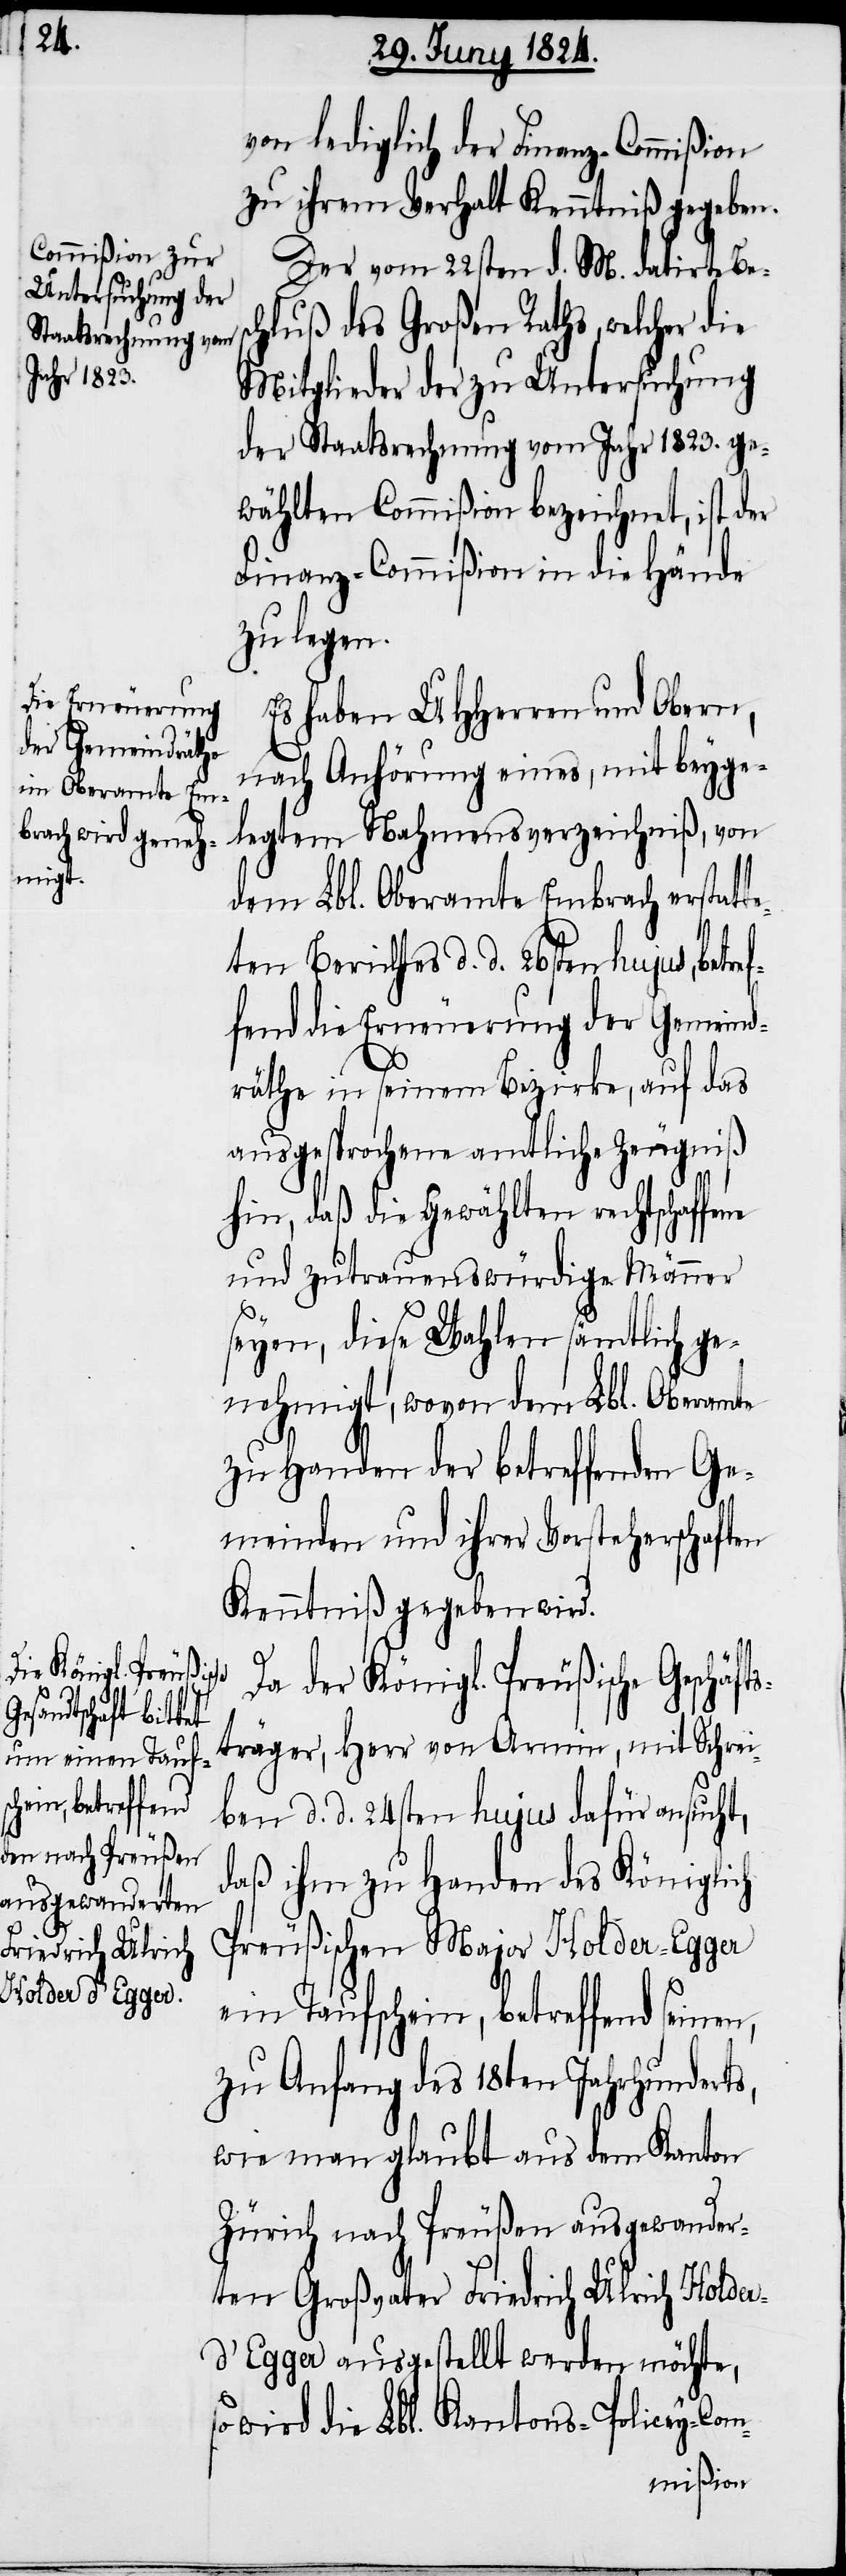
ne

von lediglich der Finanz-Commißion
zu ihrem Verhalt Kenntniß gegeben.
Der vom 22sten d. M. datirte Bes¬
chluß des Großen Raths, welcher die
Mitglieder der zu Untersuchung
der Staatsrechnung vom Jahr 1823. ge¬
wählten Commißion bezeichnet, ist der
Finanz-Commißion in die Hände
zu legen.
Es haben UHHerren und Obern,
nach Anhörung eines, mit beyge¬
legtem Nahmensverzeichniß, von
dem Lbl. Oberamte Embrach erstatt¬
eten Berichtes d. d. 26sten hujus, betre¬
fend die Erneuerung der Gemeind¬
räthe in seinem Bezirke, auf das
ausgesprochene amtliche Zeugniß
hin, daß die Gewählten rechtschaffe¬
und zutrauenswürdige Männer
seyen, diese Wahlen sämtlich ge¬
nehmigt, wovon dem Lbl. Oberamte
zu Handen der betreffenden Ge¬
meinden und ihrer Vorsteherschaften
Kenntniß gegeben wird.
Da der Königl. Preußische Geschä¬
ftsträger, Herr von Armin, mit Schrei¬
ben d. d. 24sten hujus dafür ansucht,
daß ihm zu Handen des Königlich
Preußischen Major Holder-Egger
ein Taufschein, betreffend seinen,
zu Anfang des 18ten Jahrhunderts,
wie man glaubt aus dem Kanton
Zürich nach Preußen ausgewander¬
ten Großvater Friedrich Ulrich Holder
d’Egger ausgestellt werden möchte,
so wird die Lbl. Kantons-Policey-Com-